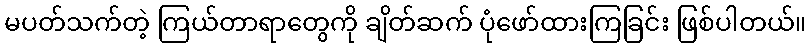
မပတ်သက်တဲ့ ကြယ်တာရာတွေကို ချိတ်ဆက် ပုံဖော်ထားကြခြင်း ဖြစ်ပါတယ်။